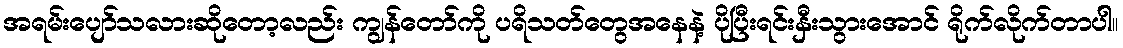
အရမ်းပျော်သလားဆိုတော့လည်း ကျွန်တော်ကို ပရိသတ်တွေအနေနဲ့ ပိုပြီးရင်းနှီးသွားအောင် ရိုက်လိုက်တာပါ။